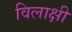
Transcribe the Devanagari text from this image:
विलाक्षी